Civil Veterinary Department Bengal reports 1923-33 - 1923-1933
Year: 1923
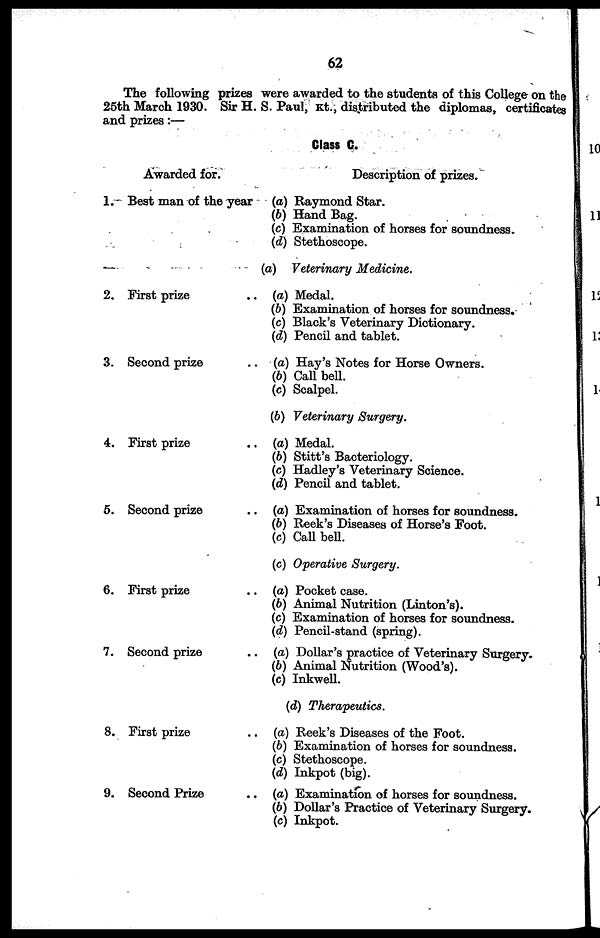
62
The following prizes were awarded to the students of this College on the
25th March 1930. Sir H. S. Paul, Kt., distributed the diplomas, certificates
and prizes:—
Class C.
1.
2.
3.
4.
5.
6.
7.
8.
9.
Awarded for.
Best man of the year
First prize ..
Second prize ..
First prize ..
Second prize ..
First prize ..
Second prize ..
First prize ..
Second Prize ..
Description of prizes.
(a) Raymond Star.
(b) Hand Bag.
(c) Examination of horses for soundness.
(d) Stethoscope.
(a) Veterinary Medicine.
(a) Medal.
(b) Examination of horses for soundness.
(c) Black's Veterinary Dictionary.
(d) Pencil and tablet.
(a) Hay's Notes for Horse Owners.
(b) Call bell.
(c) Scalpel.
(b) Veterinary Surgery.
(a) Medal.
(b) Stitt's Bacteriology.
(c) Hadley's Veterinary Science.
(d) Pencil and tablet.
(a) Examination of horses for soundness.
(b) Reek's Diseases of Horse's Foot.
(c) Call bell.
(c) Operative Surgery.
(a) Pocket case.
(b) Animal Nutrition (Linton's).
(c) Examination of horses for soundness.
(d) Pencil-stand (spring).
(a) Dollar's practice of Veterinary Surgery.
(b) Animal Nutrition (Wood's).
(c) Inkwell.
(d) Therapeutics.
(a) Reek's Diseases of the Foot.
(b) Examination of horses for soundness.
(c) Stethoscope.
(d) Inkpot (big).
(a) Examination of horses for soundness.
(b) Dollar's Practice of Veterinary Surgery.
(c) Inkpot.